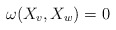
\begin{align*}\omega(X_v,X_w)=0\end{align*}